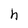
Character: h